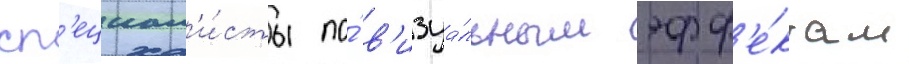
сп'ециал'и́сты по́ в'изуа́льным эфф'е́ктам